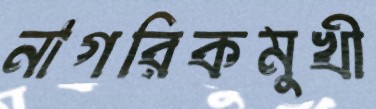
নাগরিকমুখী